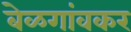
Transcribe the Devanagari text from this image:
बेळगांवकर